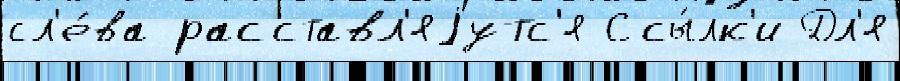
сл'е́ва расставл'яjутс'я Ссы́лк'и Дл'я